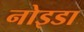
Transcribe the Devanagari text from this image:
नोइडा